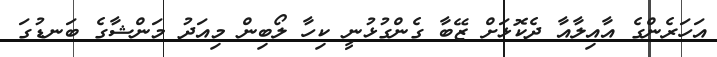
އަހަރެންގެ އާއިލާއާ ދެކޮޅަށް ޒޭބާ ގެންގުޅުނީ ކިހާ ލޯބިން މިއަދު މަންޝާގެ ބަނޑުގަ